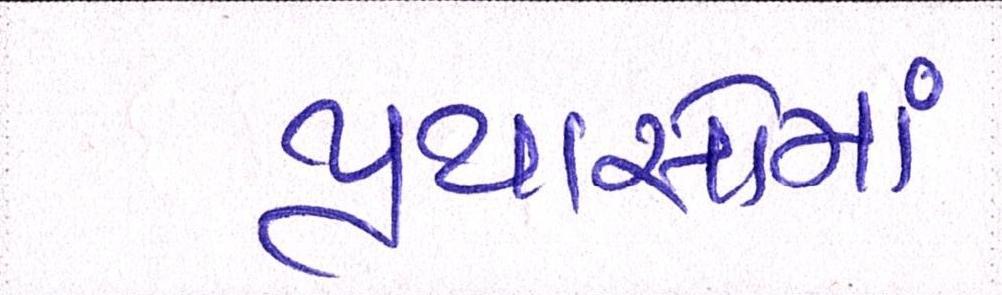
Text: પ્રયાસોમાં